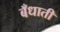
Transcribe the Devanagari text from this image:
बँधाती